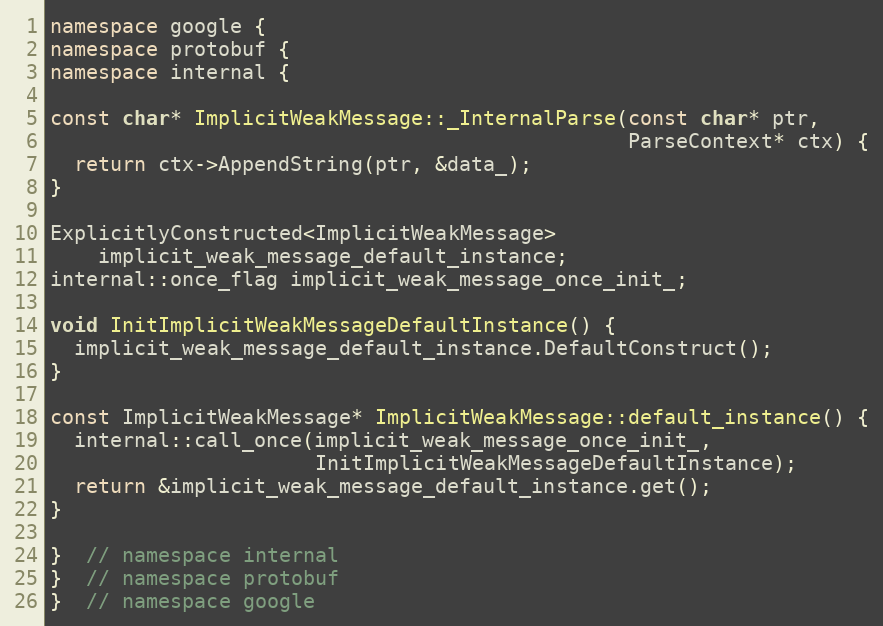
Language: C++
namespace google {
namespace protobuf {
namespace internal {

const char* ImplicitWeakMessage::_InternalParse(const char* ptr,
                                                ParseContext* ctx) {
  return ctx->AppendString(ptr, &data_);
}

ExplicitlyConstructed<ImplicitWeakMessage>
    implicit_weak_message_default_instance;
internal::once_flag implicit_weak_message_once_init_;

void InitImplicitWeakMessageDefaultInstance() {
  implicit_weak_message_default_instance.DefaultConstruct();
}

const ImplicitWeakMessage* ImplicitWeakMessage::default_instance() {
  internal::call_once(implicit_weak_message_once_init_,
                      InitImplicitWeakMessageDefaultInstance);
  return &implicit_weak_message_default_instance.get();
}

}  // namespace internal
}  // namespace protobuf
}  // namespace google